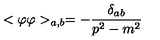
< \varphi \varphi > _ { a , b } = - \frac { \delta _ { a b } } { p ^ { 2 } - m ^ { 2 } }